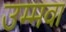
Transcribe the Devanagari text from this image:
उम्मवा